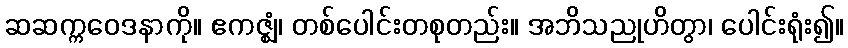
ဆဆက္ကဝေဒနာကို။ ဧကဇ္ဈံ၊ တစ်ပေါင်းတစုတည်း။ အဘိသညုဟိတွာ၊ ပေါင်းရုံး၍။